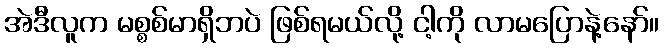
အဲဒီလူက မစ္စစ်မာရှိဘပဲ ဖြစ်ရမယ်လို့ ငါ့ကို လာမပြောနဲ့နော်။